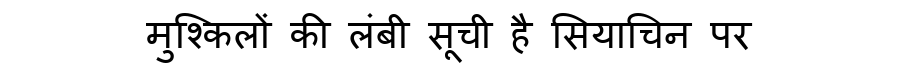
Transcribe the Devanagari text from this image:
मुश्किलों की लंबी सूची है सियाचिन पर